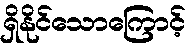
ရှိနိုင်သောကြောင့်